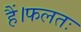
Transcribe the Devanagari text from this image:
हैं।फलतः